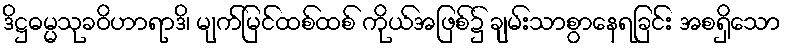
ဒိဋ္ဌဓမ္မသုခဝိဟာရာဒိ၊ မျက်မြင်ထစ်ထစ် ကိုယ်အဖြစ်၌ ချမ်းသာစွာနေရခြင်း အစရှိသော